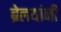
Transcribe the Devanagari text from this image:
ब्रेलयांनी